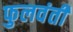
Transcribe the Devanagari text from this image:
फुलवंती